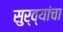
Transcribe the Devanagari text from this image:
सुर्व्यांचा